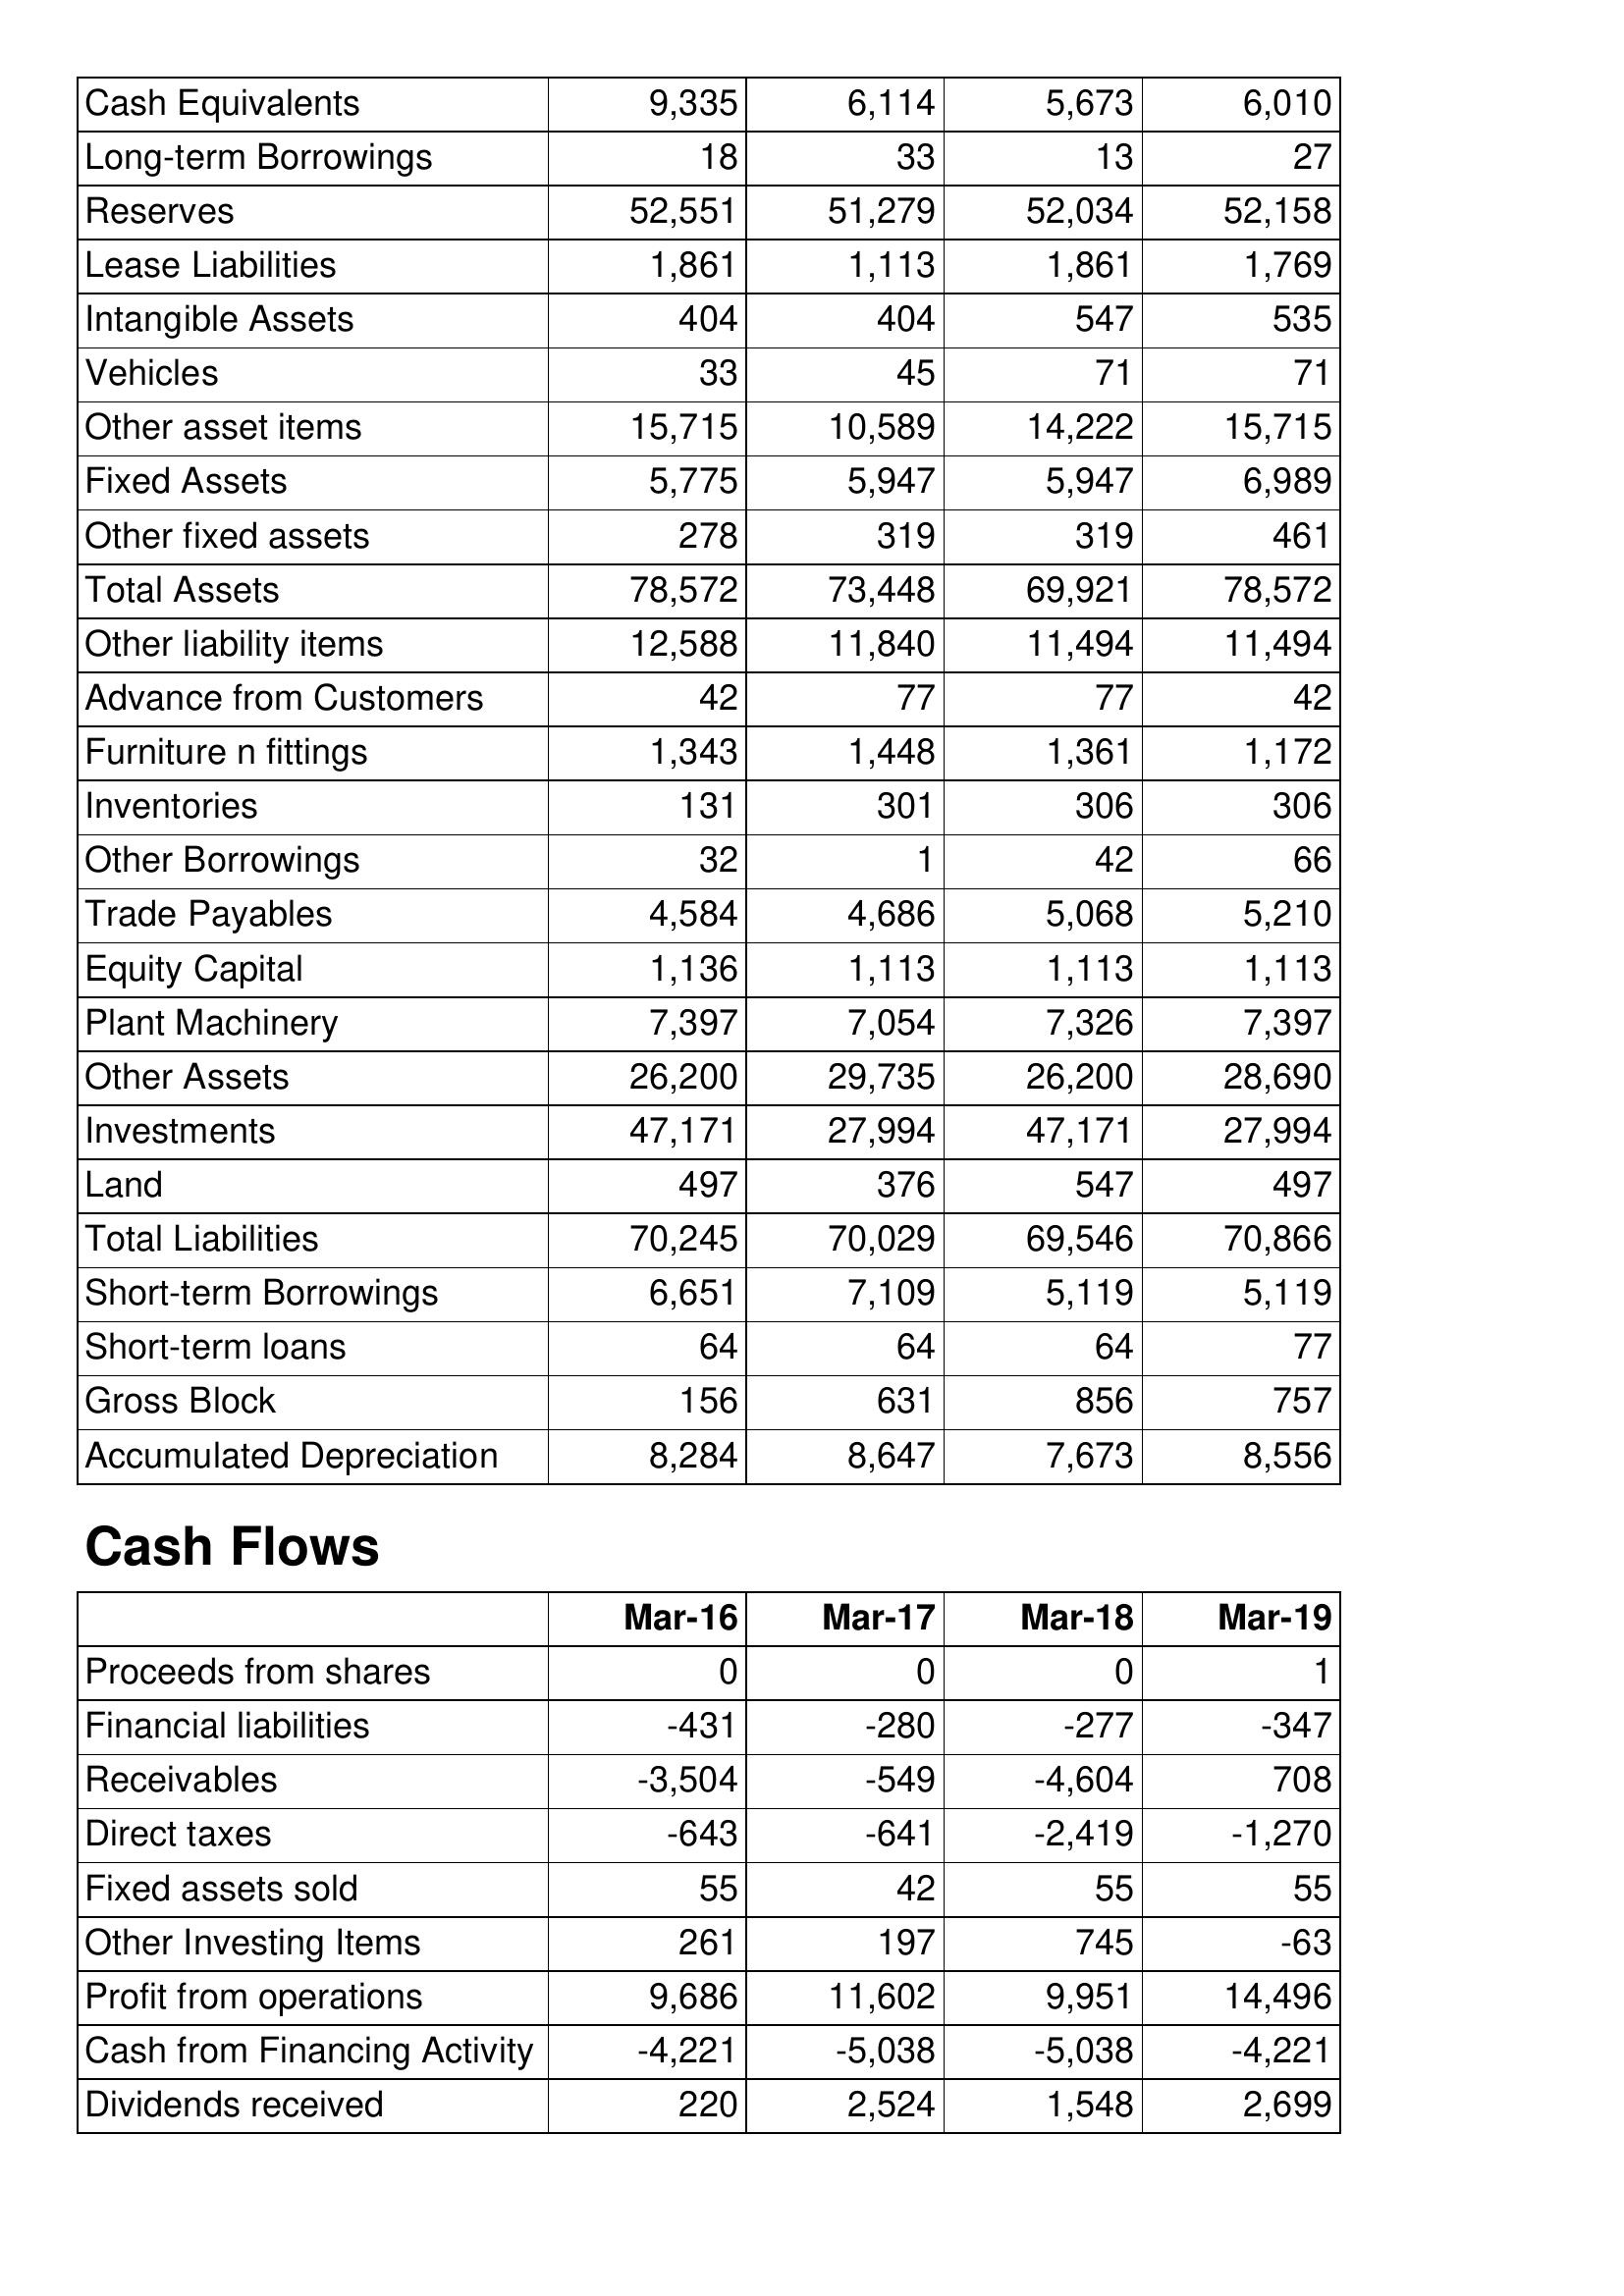
Mar-16: Balance Sheet: Cash Equivalents: 9,335
Long-term Borrowings: 18
Reserves: 52,551
Lease Liabilities: 1,861
Intangible Assets: 404
Vehicles: 33
Other asset items: 15,715
Fixed Assets: 5,775
Other fixed assets: 278
Total Assets: 78,572
Other liability items: 12,588
Advance from Customers: 42
Furniture n fittings: 1,343
Inventories: 131
Other Borrowings: 32
Trade Payables: 4,584
Equity Capital: 1,136
Plant Machinery: 7,397
Other Assets: 26,200
Investments: 47,171
Land: 497
Total Liabilities: 70,245
Short-term Borrowings: 6,651
Short-term loans: 64
Gross Block: 156
Accumulated Depreciation: 8,284
Cash Flows: Proceeds from shares: 0
Financial liabilities: -431
Receivables: -3,504
Direct taxes: -643
Fixed assets sold: 55
Other Investing Items: 261
Profit from operations: 9,686
Cash from Financing Activity: -4,221
Dividends received: 220
Mar-17: Balance Sheet: Cash Equivalents: 6,114
Long-term Borrowings: 33
Reserves: 51,279
Lease Liabilities: 1,113
Intangible Assets: 404
Vehicles: 45
Other asset items: 10,589
Fixed Assets: 5,947
Other fixed assets: 319
Total Assets: 73,448
Other liability items: 11,840
Advance from Customers: 77
Furniture n fittings: 1,448
Inventories: 301
Other Borrowings: 1
Trade Payables: 4,686
Equity Capital: 1,113
Plant Machinery: 7,054
Other Assets: 29,735
Investments: 27,994
Land: 376
Total Liabilities: 70,029
Short-term Borrowings: 7,109
Short-term loans: 64
Gross Block: 631
Accumulated Depreciation: 8,647
Cash Flows: Proceeds from shares: 0
Financial liabilities: -280
Receivables: -549
Direct taxes: -641
Fixed assets sold: 42
Other Investing Items: 197
Profit from operations: 11,602
Cash from Financing Activity: -5,038
Dividends received: 2,524
Mar-18: Balance Sheet: Cash Equivalents: 5,673
Long-term Borrowings: 13
Reserves: 52,034
Lease Liabilities: 1,861
Intangible Assets: 547
Vehicles: 71
Other asset items: 14,222
Fixed Assets: 5,947
Other fixed assets: 319
Total Assets: 69,921
Other liability items: 11,494
Advance from Customers: 77
Furniture n fittings: 1,361
Inventories: 306
Other Borrowings: 42
Trade Payables: 5,068
Equity Capital: 1,113
Plant Machinery: 7,326
Other Assets: 26,200
Investments: 47,171
Land: 547
Total Liabilities: 69,546
Short-term Borrowings: 5,119
Short-term loans: 64
Gross Block: 856
Accumulated Depreciation: 7,673
Cash Flows: Proceeds from shares: 0
Financial liabilities: -277
Receivables: -4,604
Direct taxes: -2,419
Fixed assets sold: 55
Other Investing Items: 745
Profit from operations: 9,951
Cash from Financing Activity: -5,038
Dividends received: 1,548
Mar-19: Balance Sheet: Cash Equivalents: 6,010
Long-term Borrowings: 27
Reserves: 52,158
Lease Liabilities: 1,769
Intangible Assets: 535
Vehicles: 71
Other asset items: 15,715
Fixed Assets: 6,989
Other fixed assets: 461
Total Assets: 78,572
Other liability items: 11,494
Advance from Customers: 42
Furniture n fittings: 1,172
Inventories: 306
Other Borrowings: 66
Trade Payables: 5,210
Equity Capital: 1,113
Plant Machinery: 7,397
Other Assets: 28,690
Investments: 27,994
Land: 497
Total Liabilities: 70,866
Short-term Borrowings: 5,119
Short-term loans: 77
Gross Block: 757
Accumulated Depreciation: 8,556
Cash Flows: Proceeds from shares: 1
Financial liabilities: -347
Receivables: 708
Direct taxes: -1,270
Fixed assets sold: 55
Other Investing Items: -63
Profit from operations: 14,496
Cash from Financing Activity: -4,221
Dividends received: 2,699